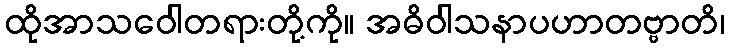
ထိုအာသဝေါတရားတို့ကို။ အဓိဝါသနာပဟာတဗ္ဗာတိ၊